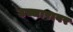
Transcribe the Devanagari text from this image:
उच्चारावर